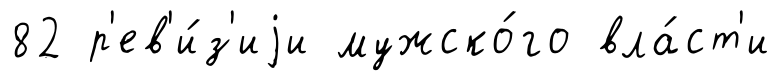
82 р'ев'и́з'иjи мужско́го вла́ст'и